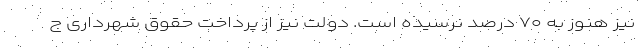
نیز هنوز به ۷۰ درصد نرسیده است. دولت نیز از پرداخت حقوق شهرداری ج